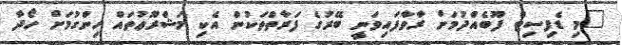
"މި ޑެފިސިޓް ފޫބެއްދުމަށް ރާވާފައިވަނީ ބޭރުގެ ފަރާތްތަކުން އެކި މަޝްރޫޢުތައް ހިންގުމަށް ހޯދާ